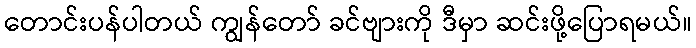
တောင်းပန်ပါတယ် ကျွန်တော် ခင်ဗျားကို ဒီမှာ ဆင်းဖို့ပြောရမယ်။